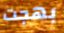
بهجت